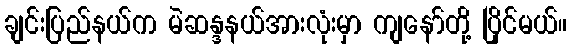
ချင်းပြည်နယ်က မဲဆန္ဒနယ်အားလုံးမှာ ကျနော်တို့ ပြိုင်မယ်။